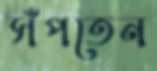
সঁপতেন